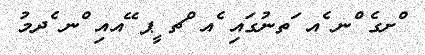
ްށގެ ްނ ެއ ަތނުގައި ެއ ްޗ ީޕ ޭއއި ްނ ެދމު